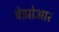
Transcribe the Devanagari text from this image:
बेझोआर